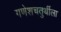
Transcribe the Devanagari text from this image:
गणेशचतुर्थीला